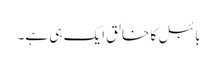
بائبل کا خالق ایک ہی ہے۔